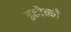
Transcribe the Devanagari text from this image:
इवोन्ने